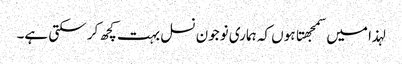
لہذا میں سمجهتا ہوں کہ ہماری نوجون نسل بہت کچھ کر سکتی ہے۔